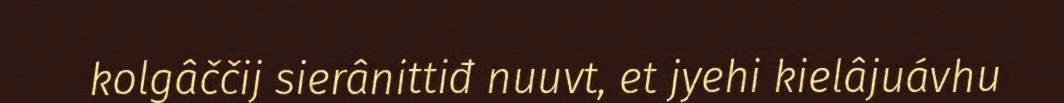
kolgâččij sierânittiđ nuuvt, et jyehi kielâjuávhu